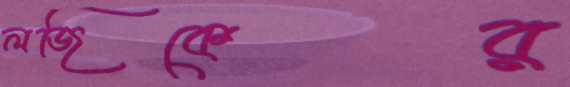
লজিকের